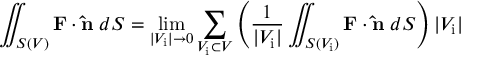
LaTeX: \iint _ { S ( V ) } \mathbf { F } \cdot \mathbf { \hat { n } } \; d S = \operatorname* { l i m } _ { | V _ { \mathrm { i } } | \to 0 } \sum _ { V _ { \mathrm { i } } \subset V } \left( { \frac { 1 } { | V _ { \mathrm { i } } | } } \iint _ { S ( V _ { \mathrm { i } } ) } \mathbf { F } \cdot \mathbf { \hat { n } } \; d S \right) | V _ { \mathrm { i } } |